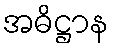
အဓိဋ္ဌာန